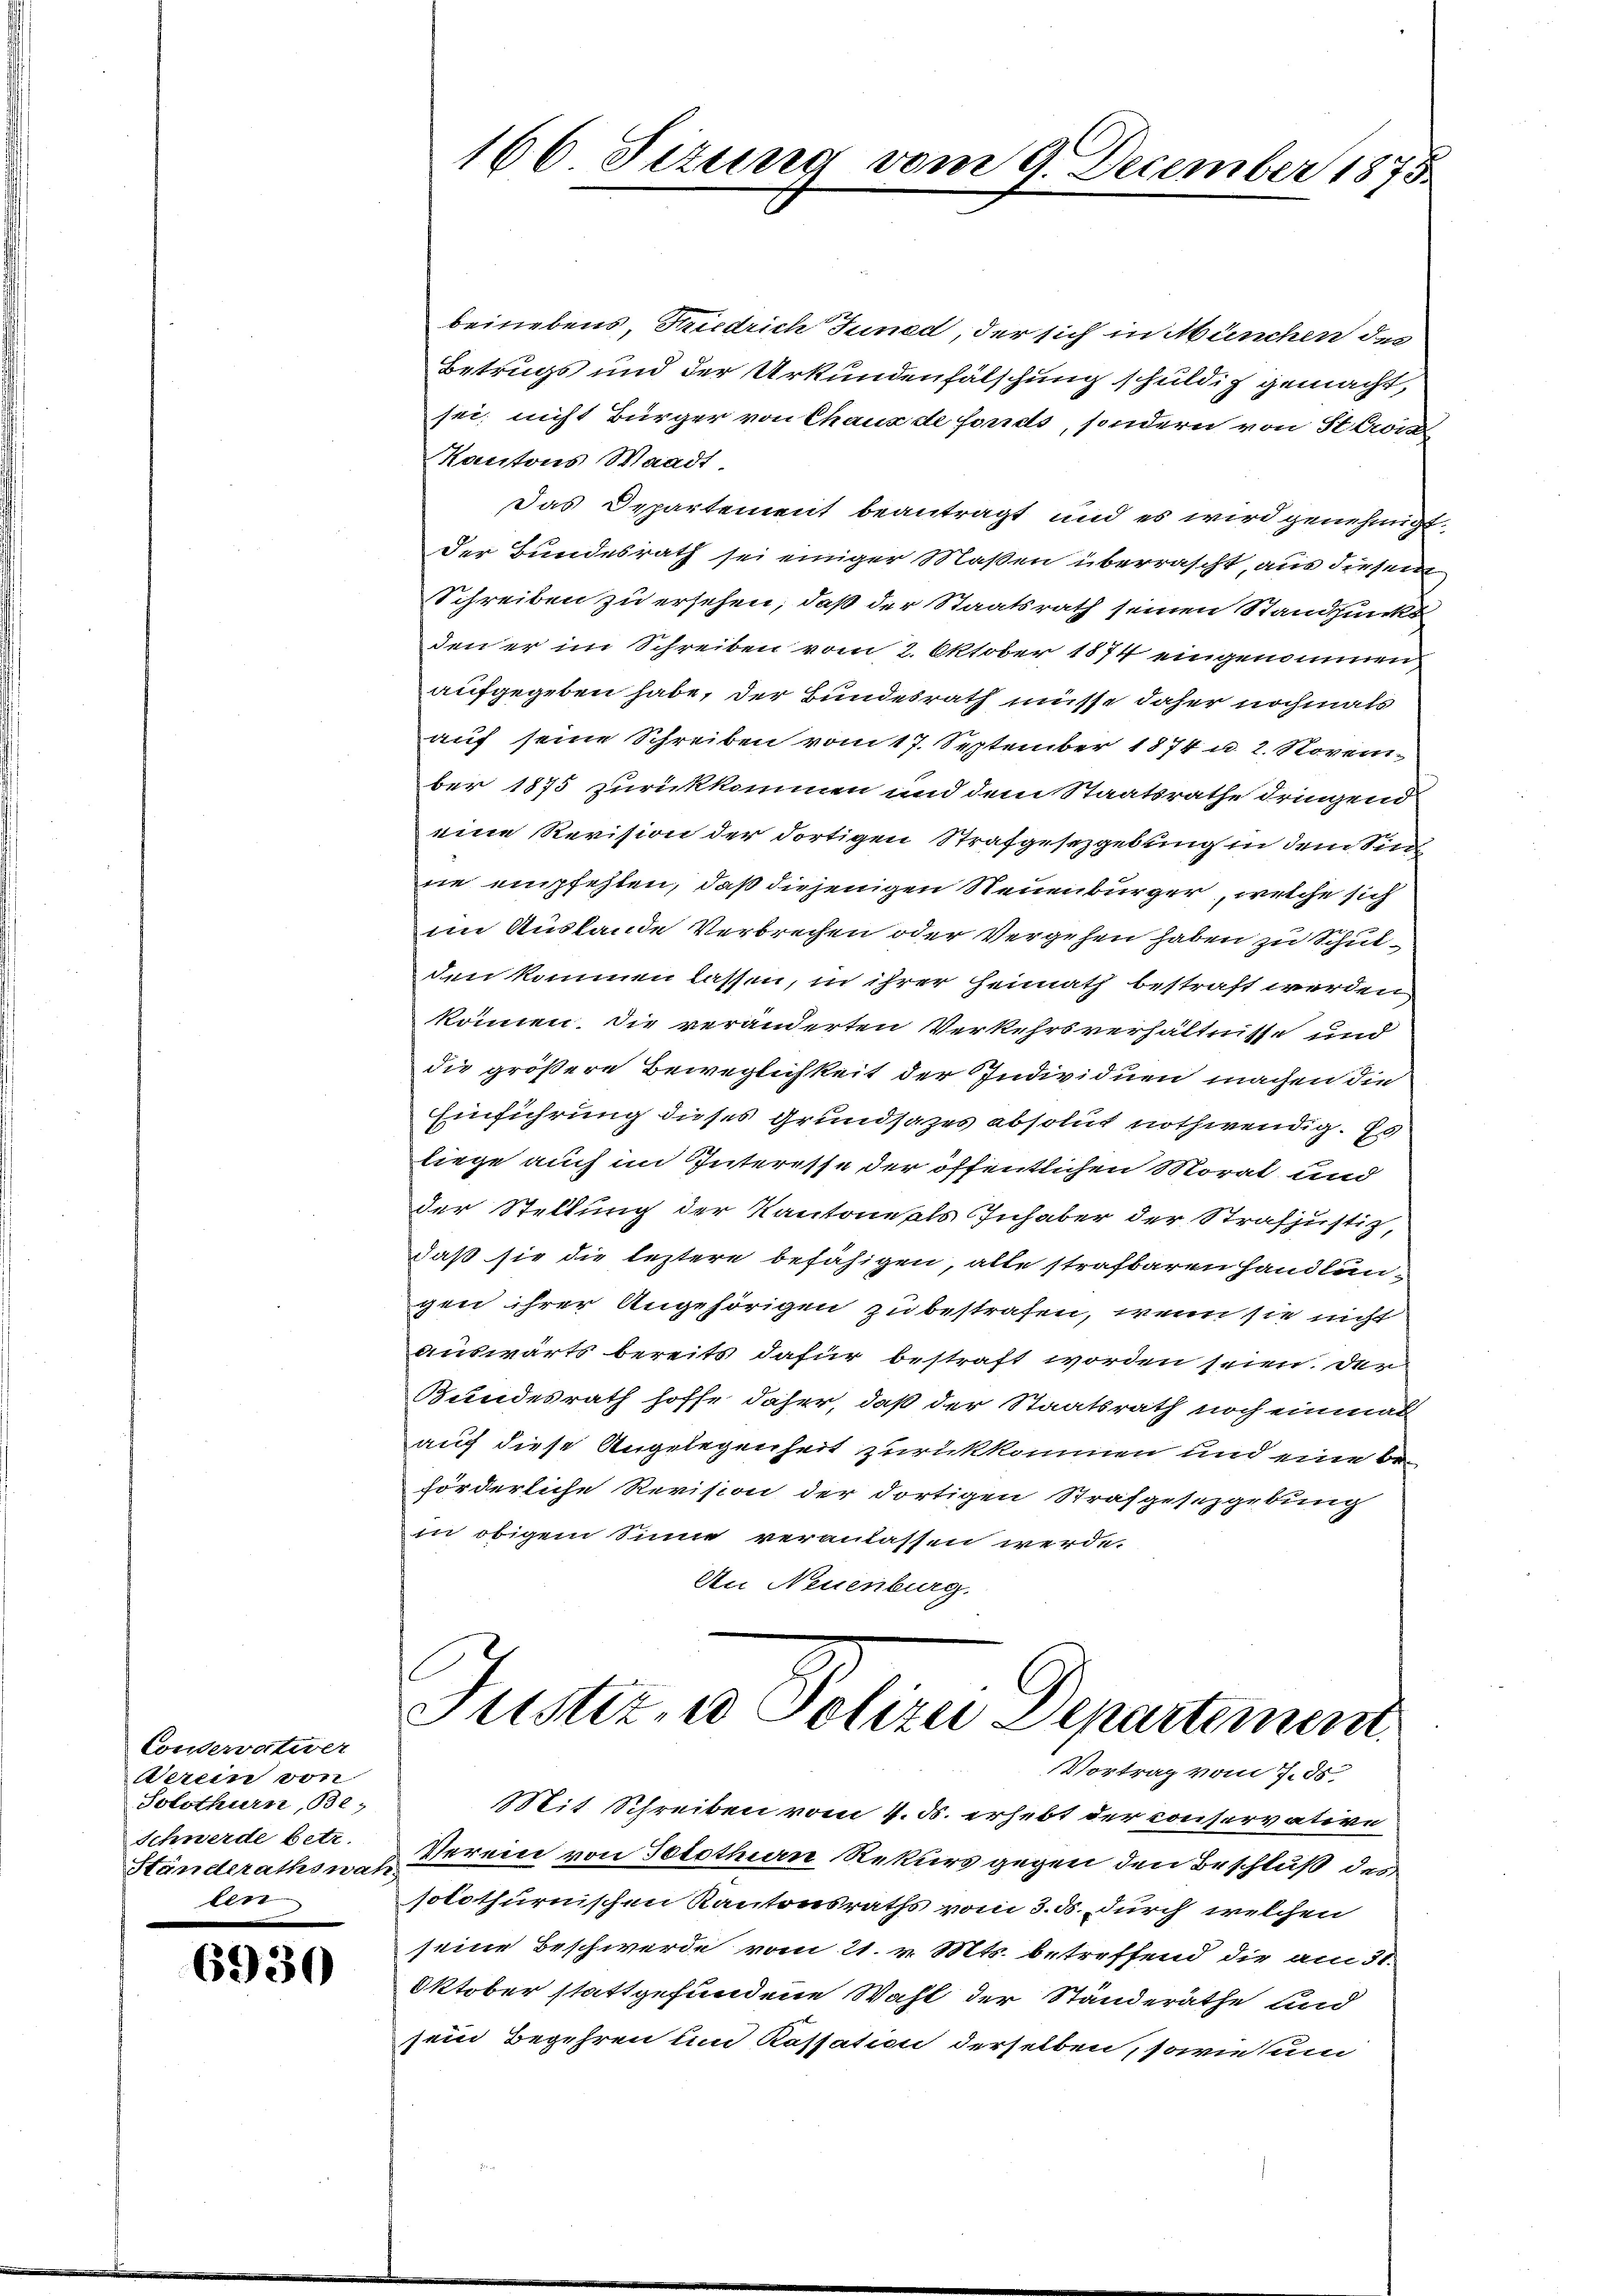
Conservativer
Verein von
Solothurn, Be¬
Schwerde betr.
Ständerathswah
leer

6930

166 Sizung vom 9. December 1875.

beinebens, Friedrich Juned, der sich in München des
Betrugs und der Urkundenfalschung schuldig gemacht,
sei nicht Bürger von Chaus de fonds, sondern von Stern
Kantons Waadt
Das Departement beantragt und es wird genehmigt
Der Bundesrath sei einiger Maßen überrascht, aus diesem
Schreiben zu ersehen, daß der Staatsrath seinen Standpunk
den er im Schreiben vom 2. Oktober 1874 eingenommen
aufgegeben habe, der Bundesrath müsse daher nochmals
auf seine Schreiben vom 17. September 1874 u. 2. Novem-
ber 1875 zurückkommen und dem Staatsrathe dringend
eine Revision der dortigen Strafgesetzgebung in dem Sinn
ne empfehlen, daß diejenigen Neuenbürger, welche sich
im Auslande Verbrechen oder Vergehen haben zu Schulden kommen lassen, in ihrer Heimath bestraft werden
können. Die veränderten Verkehrsverhältnisse und
die größere Beweglichkeit der Individuen machen die
Einführung dieses Grundsazes absolut nothwendig. Es
liege auch im Interesse der öffentlichen Morat und
der Stellung der Kantonekts Inhaber der Strafjustiz,
daß sie die leztere befähigen, alle strafbaren Handlungen ihrer Angehörigen zu bestrafen, wenn sie nicht
auswärts bereits dafür bestraft worden seien. Der
Bundesrath hoffe daher, daß der Staatsrath noch einmal
auch diese Angelegenheit zurückkommen und eine beförderliche Revision der dortigen Strafgesetzgebung
in obigem Sinne veranlassen werde.
An Neuenburg.

Justiz- u Polizei Departement.
Vortrag vom 7. ds.

Mit Schreiben vom 4. d. erhebt der conservative
Verein von Solothurn Rekurs gegen den Beschluß des
solothurnischen Kantonsraths vom 3. ds. durch welchen
seine Beschwerde vom 21. v. Mts. betreffend die am 31.
Oktober stattgefundene Wahl der Ständeräthe und
sein Begehren um Kassation derselben, sowie um
s